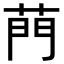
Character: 菛